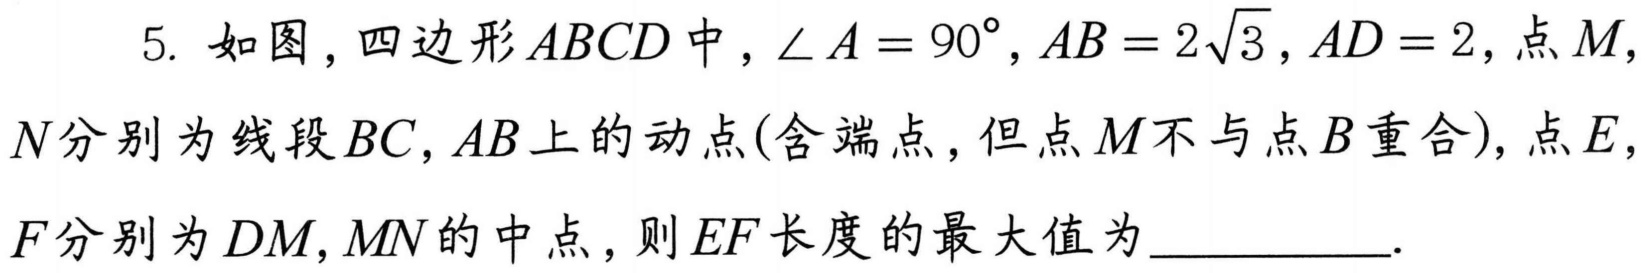
5. 如图，四边形\(ABCD\)中，\(\angle A = 90^{\circ}\)，\(AB = 2\sqrt{3}\)，\(AD = 2\)，点\(M\)，
\(N\)分别为线段\(BC\)，\(AB\)上的动点(含端点，但点\(M\)不与点\(B\)重合)，点\(E\)，
\(F\)分别为\(DM\)，\(MN\)的中点，则\(EF\)长度的最大值为__________.